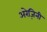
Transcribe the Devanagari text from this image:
अरेज़िनी